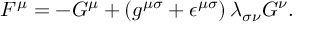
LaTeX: F ^ { \mu } = - G ^ { \mu } + \left( g ^ { { \mu } { \sigma } } + { \epsilon } ^ { { \mu } { \sigma } } \right) { \lambda } _ { { \sigma } { \nu } } { \cal G } ^ { \nu } .